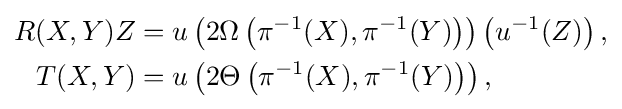
{\begin{aligned}R(X,Y)Z&=u\left(2\Omega \left(\pi ^{-1}(X),\pi ^{-1}(Y)\right)\right)\left(u^{-1}(Z)\right),\\T(X,Y)&=u\left(2\Theta \left(\pi ^{-1}(X),\pi ^{-1}(Y)\right)\right),\end{aligned}}